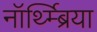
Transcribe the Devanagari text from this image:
नॉर्थ्म्ब्रिया